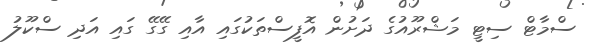
ސްމާޓް ސިޓީ މަޝްރޫއުގެ ދަށުން އޮފީސްތަކުގައި އާއި ގޭގޭ ގައި އަދި ސްކޫލު